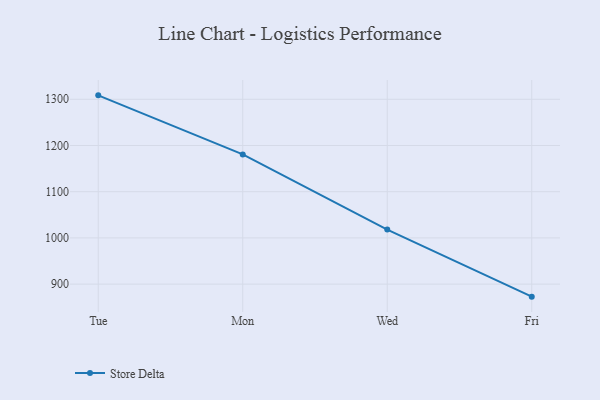
{"axis": {"x": "Day", "y": "Bounce Rate (%)"}, "legend": ["Store Delta"], "data": [{"x": "Tue", "y": 1308.5, "type": "Store Delta"}, {"x": "Mon", "y": 1180.7, "type": "Store Delta"}, {"x": "Wed", "y": 1018.1, "type": "Store Delta"}, {"x": "Fri", "y": 872.9, "type": "Store Delta"}]}